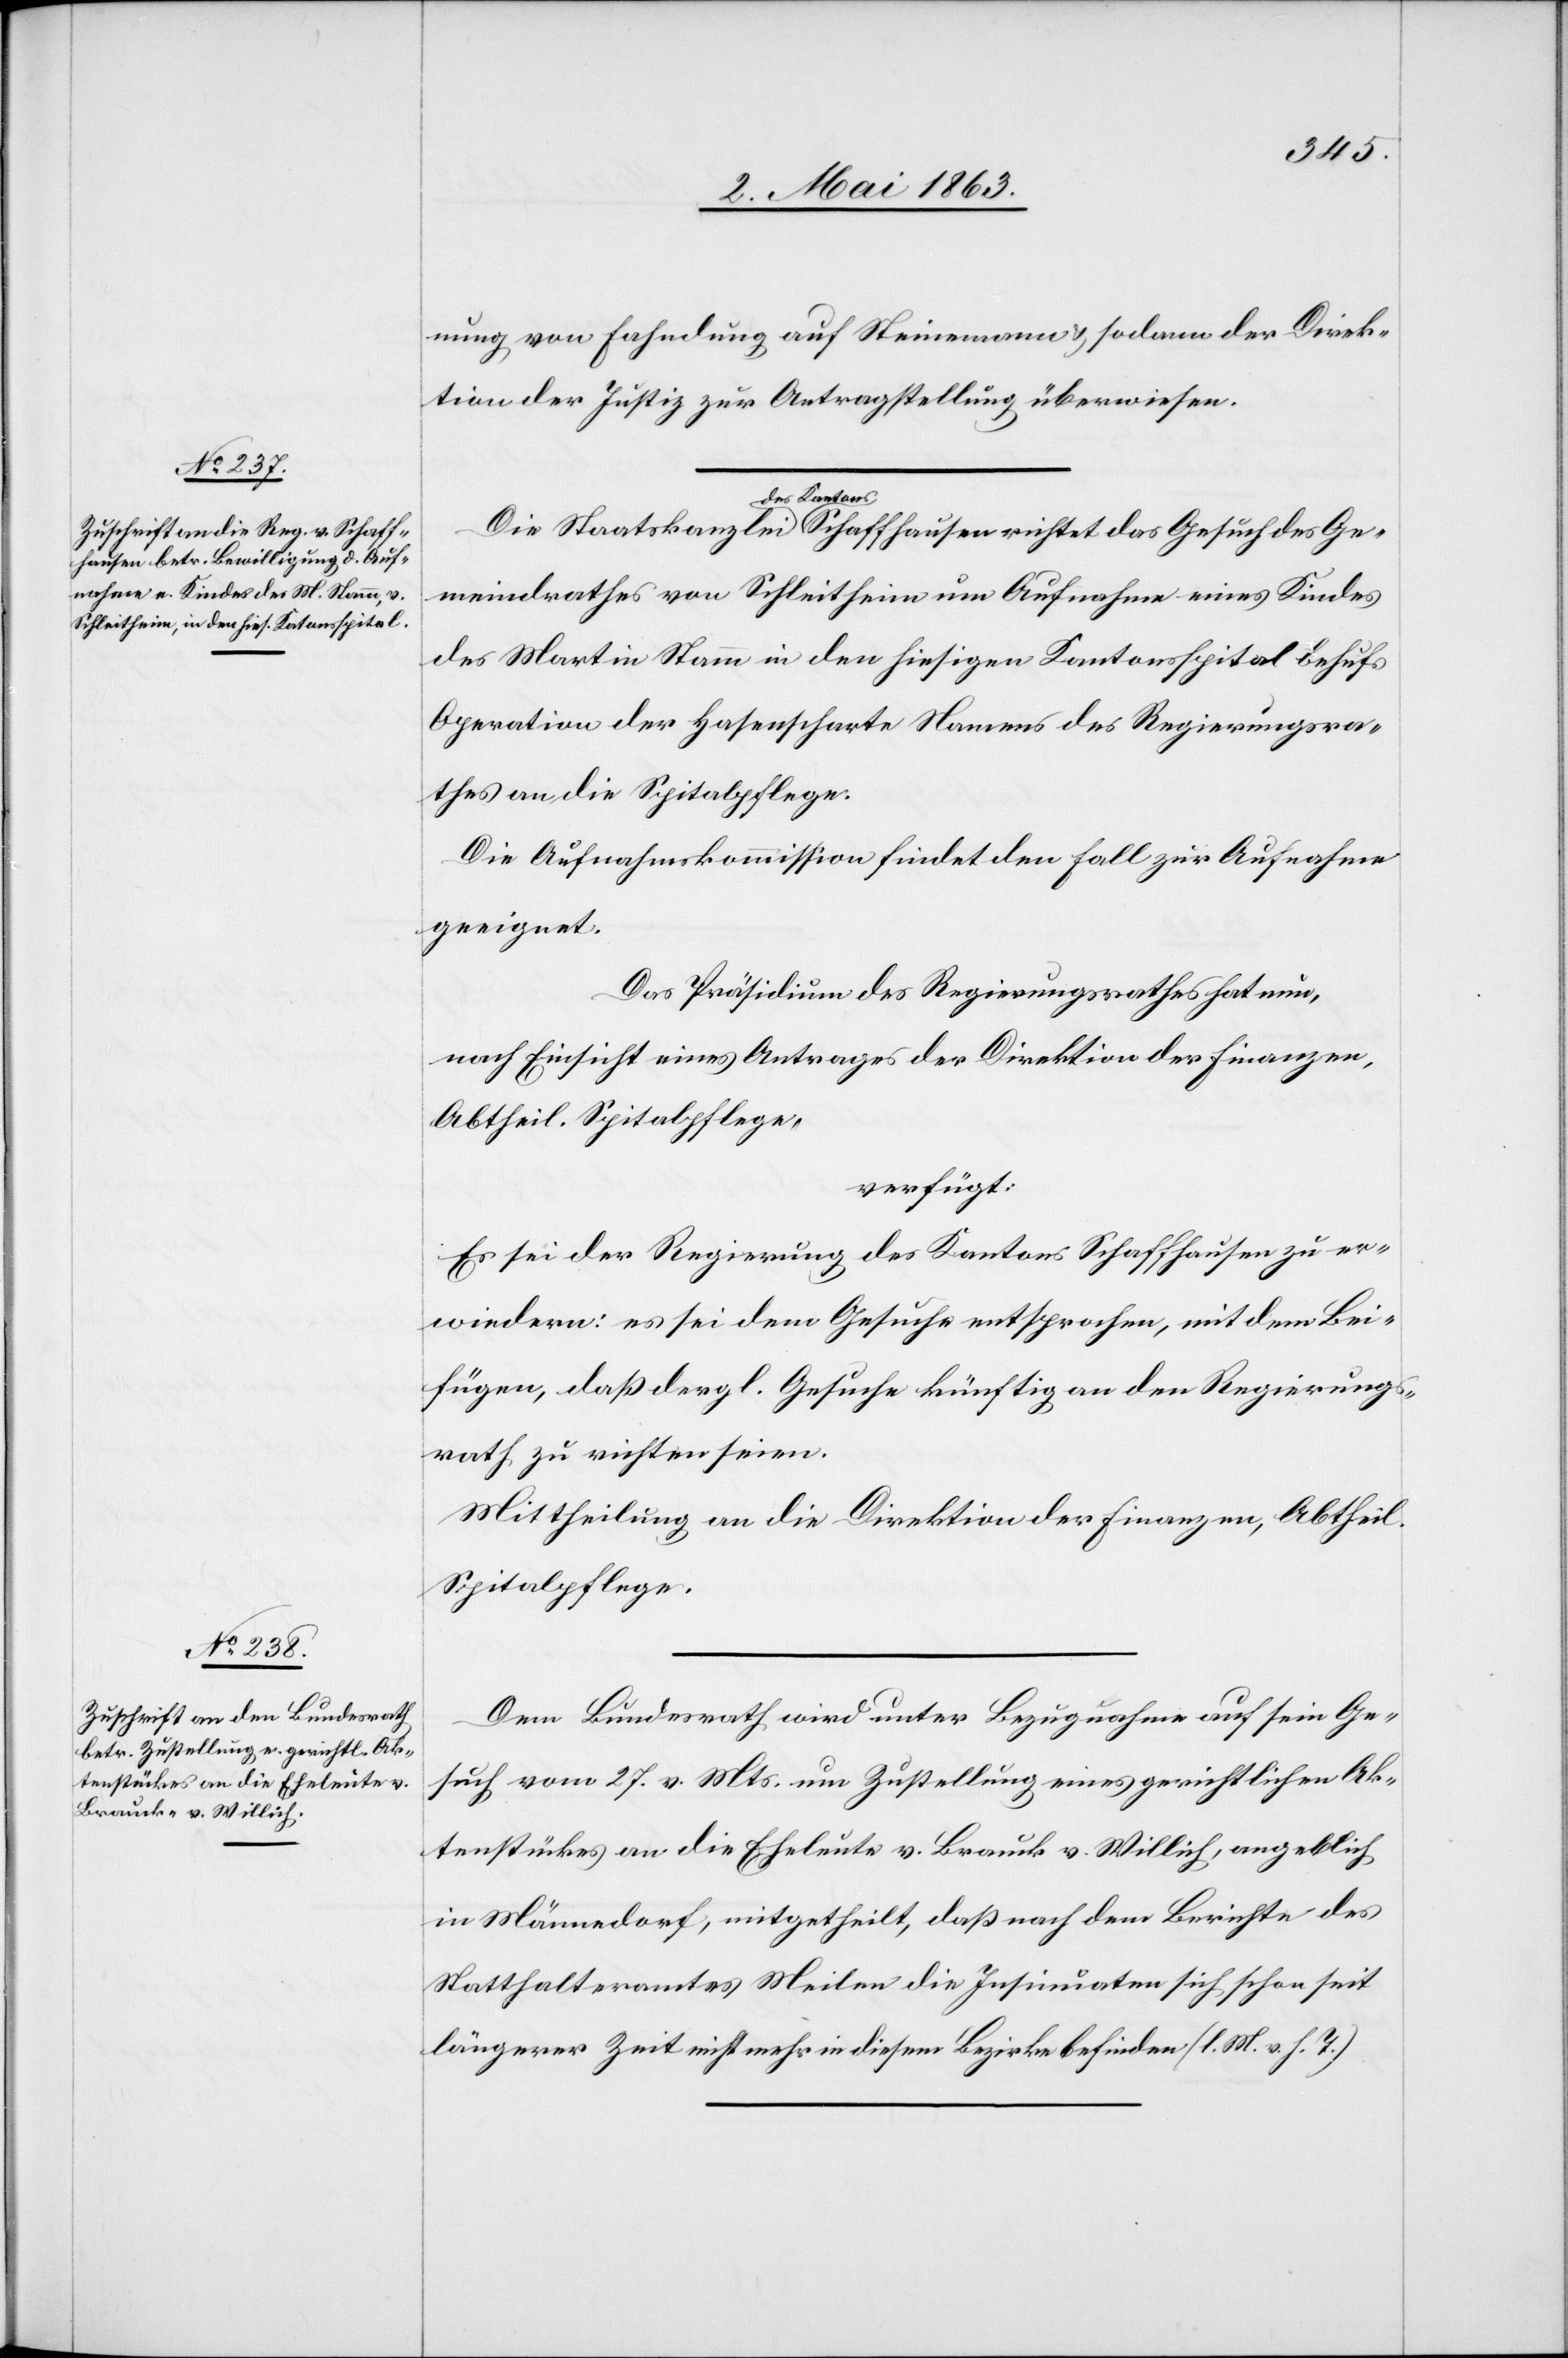
tenstückes an die Eheleute v.
Brauck v. Willich

7. Mai 1863.]
nung von Fahndung auf Steinemann & sodann der Direk¬
tion der Justiz zur Antragstellung überweisen.
Gemeindrathes von Schleitheim um Aufnahme eines Kindes
des Martin Stamm in den hiesigen Kantonsspital behufs
Operation der Hasenscharte Namens des Regierungsra¬
thes an die Spitalpflege.
Die Aufnahmskommission findet den Fall zur Aufnahme
geeignet.
Das Präsidium des Regierungsrathes hat nun,
nach Einsicht eines Antrages der Direktion der Finanzen,
Abtheil. Spitalpflege,
verfügt:
Es sei der Regierung des Kantons Schaffhausen zu er¬
wiedern: es sei dem Gesuche entsprochen, mit dem Bei¬
fügen, daß dergl. Gesuche künftig an den Regierungs¬
rath zu richten seien.
Mittheilung an die Direktion der Finanzen, Abtheil.
Spitalpflege.
Dem Bundesrath wird unter Bezugnahme auf sein Ge¬
such vom 27. v. Mts. um Zustellung eines gerichtlichen Ak¬
in Männedorf, mitgetheilt, daß nach dem Berichte des
Statthalteramtes Meilen die Insinuaten sich schon seit
längerer Zeit nicht mehr in diesem Bezirke befinden (l. M. v. h. T.)